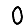
Digit: 0